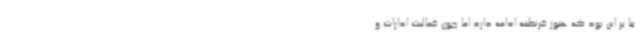
بنا بر این بود که هنوز قرنطینه ادامه دارد اما چون فعالیت ادارات و